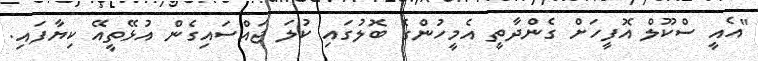
"އެއީ ސްކޫލް އޮފީހަށް ގެންދާތީ އެމީހުންގެ ބޮލުގައި ކުލަ ޖައްސައިގެން އުޅޭތީއޭ ކިޔާފައި.